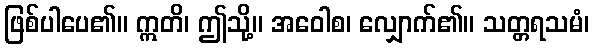
ဖြစ်ပါပေ၏။ ဣတိ၊ ဤသို့။ အဝေါစ၊ လျှောက်၏။ သတ္တရသမံ၊